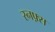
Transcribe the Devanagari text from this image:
स्नफ़्स